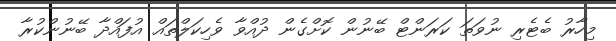
މިހާރު ބެޓެރި ނުވަތަ ކަރަންޓް ބޭނުން ކޮށްގެން ދުއްވާ ވެހިކަލްތައް އުފައްދާ ބޭނުންކުރާ